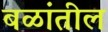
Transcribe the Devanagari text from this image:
बळांतील